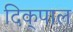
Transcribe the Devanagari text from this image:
दिक्‌पाल